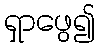
ရှာဖွေ၍